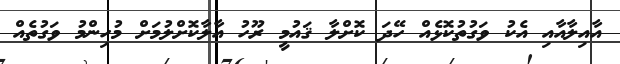
އާއިލާއާއި އެކު ވަގުތުކޮޅެއް ހޭދަ ކޮށްލާ ޤައުމީ ރޫހު އާލާކޮށްލުމަށް މުހިންމު ވަގުތެއް